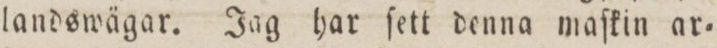
landswägar. Jag har ſett denna maſkin ar=